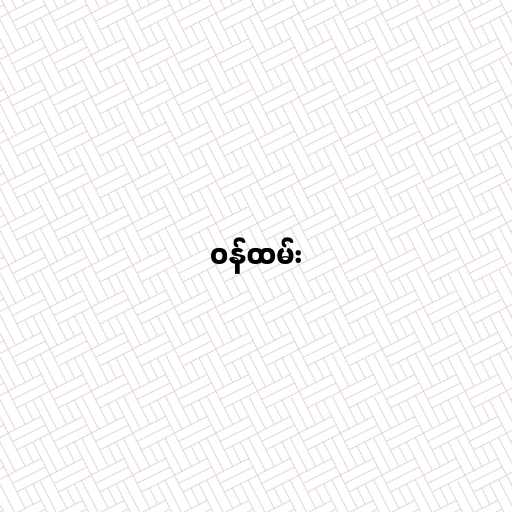
ဝန်ထမ်း